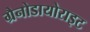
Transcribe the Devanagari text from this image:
ग्रैनोडायोराइट